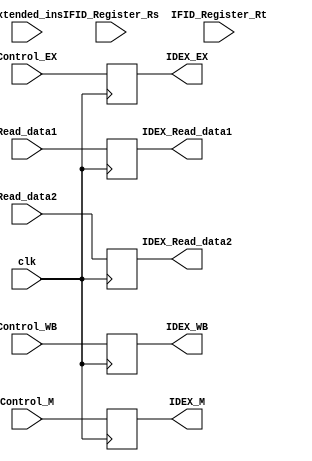
`timescale 1ns / 1ps
//////////////////////////////////////////////////////////////////////////////////
// Company: 
// Engineer: 
// 
// Design Name: 
// Module Name: IDEX
// Project Name: 
// Target Devices: 
// Tool Versions: 
// Description: 
// 
// Dependencies: 
// 
// Revision:
// Revision 0.01 - File Created
// Additional Comments:
// 
//////////////////////////////////////////////////////////////////////////////////


module IDEX(
    input clk,
    input Control_WB,
    input [2:0] Control_M,
    input [2:0] Control_EX,
    input [31:0] Read_data1, 
    input [31:0] Read_data2,
    input [31:0] extended_ins,
    input [4:0] IFID_Register_Rs,
    input [4:0] IFID_Register_Rt,
//    input []
    output reg IDEX_WB,
    output reg [2:0] IDEX_M,
    output reg [2:0] IDEX_EX,
    output reg [31:0] IDEX_Read_data1,
    output reg [31:0] IDEX_Read_data2);
    
    initial begin
        IDEX_WB = 0;
        IDEX_M = 0;
        IDEX_EX = 0;
        IDEX_Read_data1 = 0;
        IDEX_Read_data2 = 0;
    end
    always @(posedge clk) begin
        IDEX_WB = Control_WB;
        IDEX_M = Control_M;
        IDEX_EX = Control_EX;
        IDEX_Read_data1 = Read_data1;
        IDEX_Read_data2 = Read_data2;
    end
endmodule